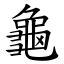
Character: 龜